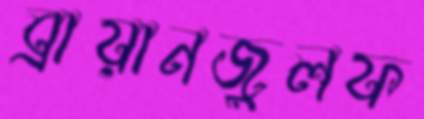
ব্রায়ানজুলফ